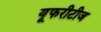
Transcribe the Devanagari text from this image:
यूफरीटीज